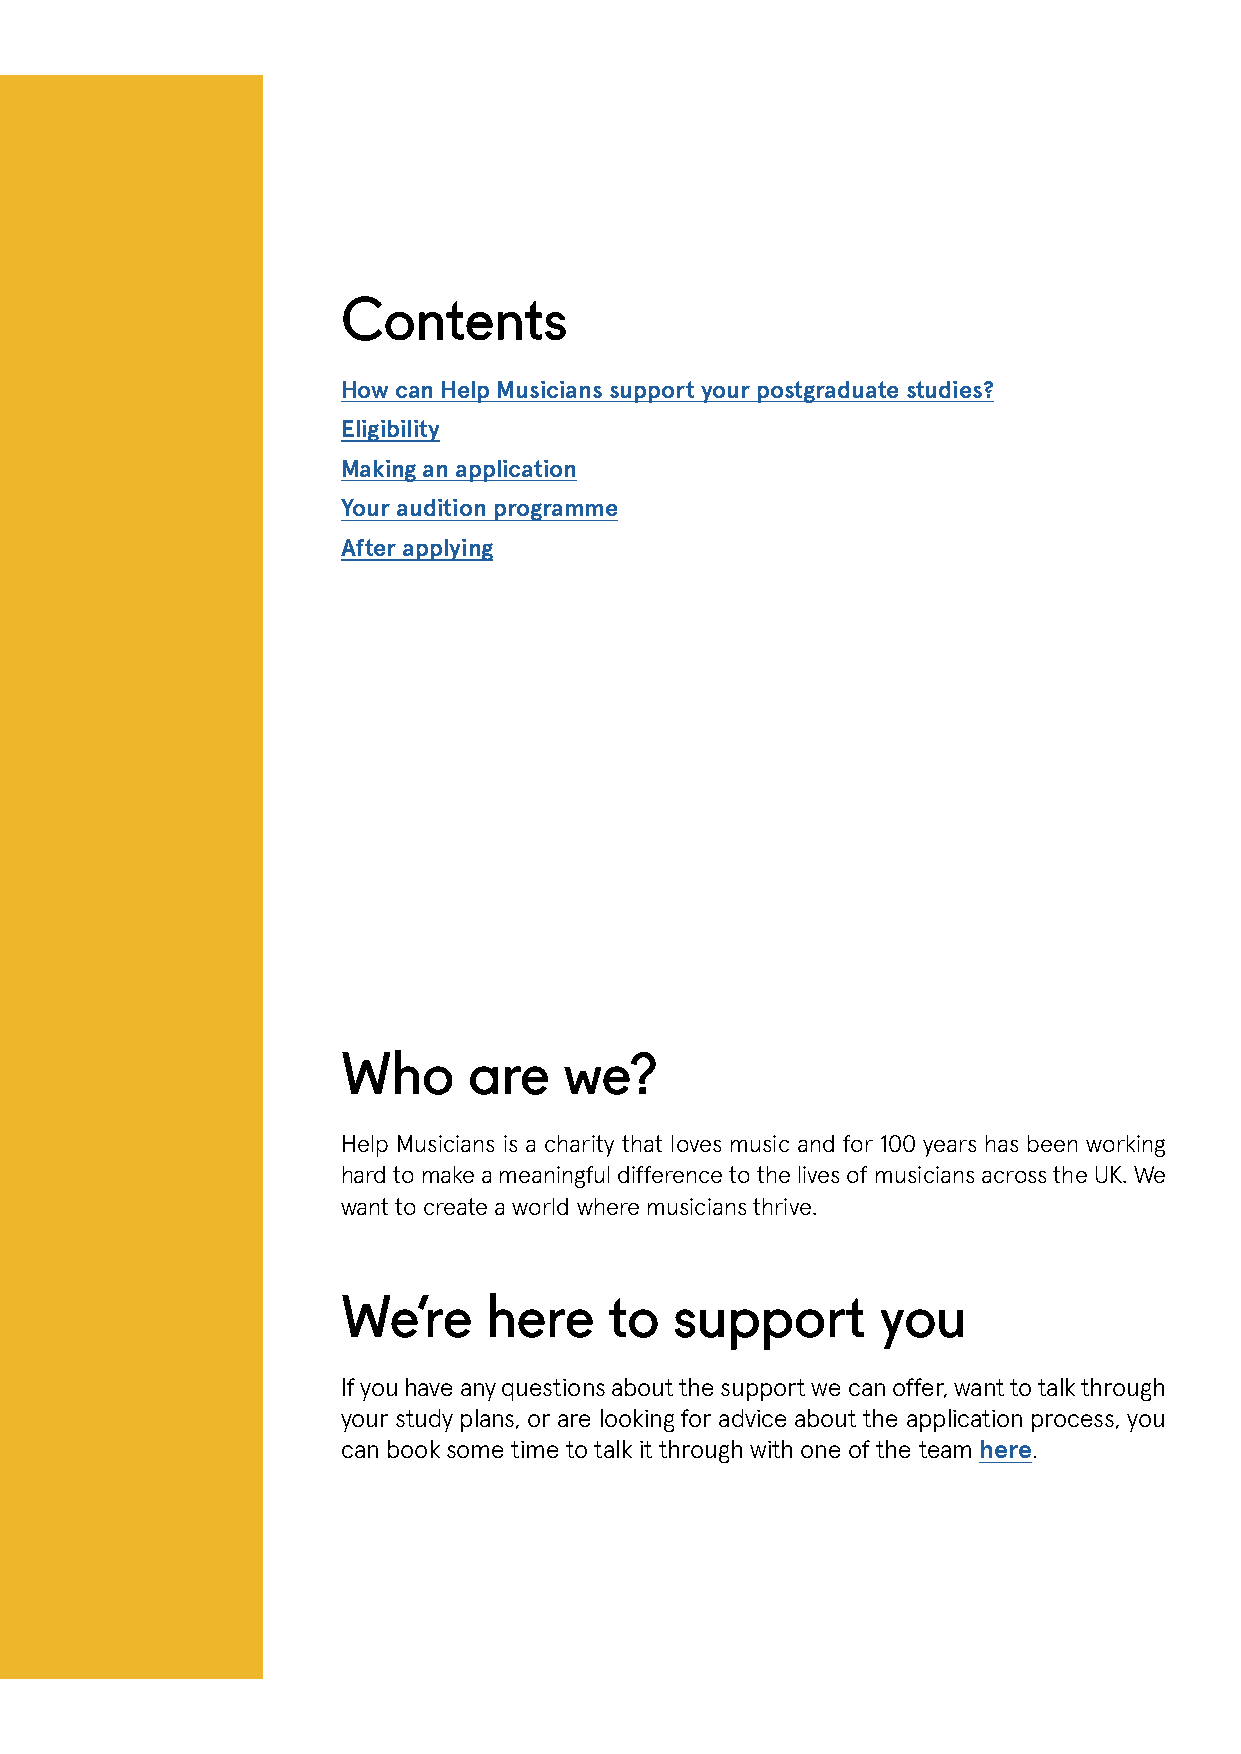
Contents
 How can Help Musicians support your postgraduate studies?
 Eligibility
 Making an application
 Your audition programme
 After applying
 Who     are   we?
 Help Musicians is a charity that loves music and for 100 years has been working
 hard to make a meaningful difference to the lives of musicians across the UK. We
 want to create a world where musicians thrive.
 We’re    here    to   support      you
 If you have any questions about the support we can offer, want to talk through
 your study plans, or are looking for advice about the application process, you
 can book some time to talk it through with one of the team here.